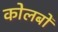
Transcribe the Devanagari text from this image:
कोलबों